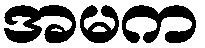
အမက